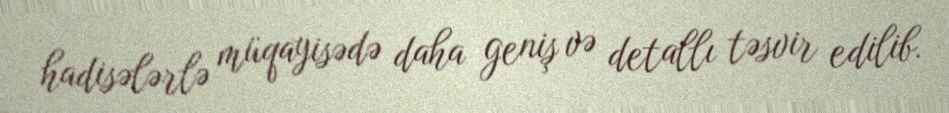
hadisələrlə müqayisədə daha geniş və detallı təsvir edilib.